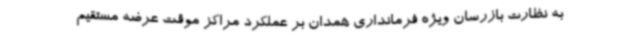
به نظارت بازرسان ویژه فرمانداری همدان بر عملکرد مراکز موقت عرضه مستقیم